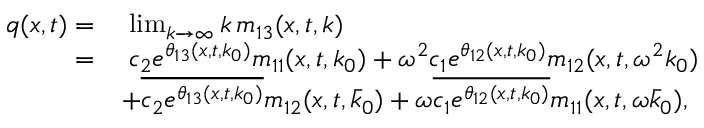
\begin{array} { r l } { q ( x , t ) = } & { \; \operatorname* { l i m } _ { k \to \infty } k \, m _ { 1 3 } ( x , t , k ) } \\ { = } & { \; c _ { 2 } e ^ { \theta _ { 1 3 } ( x , t , k _ { 0 } ) } m _ { 1 1 } ( x , t , k _ { 0 } ) + \omega ^ { 2 } c _ { 1 } e ^ { \theta _ { 1 2 } ( x , t , k _ { 0 } ) } m _ { 1 2 } ( x , t , \omega ^ { 2 } k _ { 0 } ) } \\ & { + \overline { { c _ { 2 } e ^ { \theta _ { 1 3 } ( x , t , k _ { 0 } ) } } } m _ { 1 2 } ( x , t , \bar { k } _ { 0 } ) + \omega \overline { { c _ { 1 } e ^ { \theta _ { 1 2 } ( x , t , k _ { 0 } ) } } } m _ { 1 1 } ( x , t , \omega \bar { k } _ { 0 } ) , } \end{array}